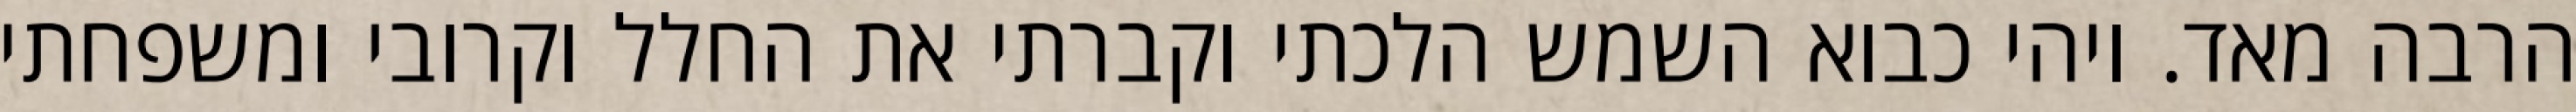
הרבה מאד. ויהי כבוא השמש הלכתי וקברתי את החלל וקרובי ומשפחתי